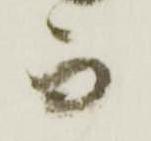
而